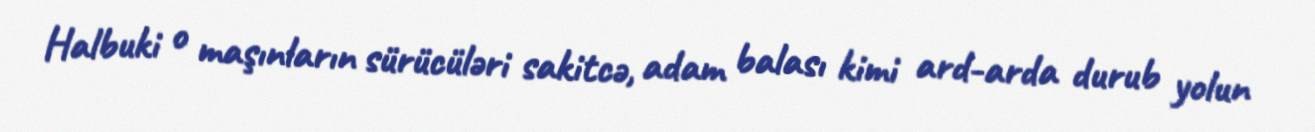
Halbuki o maşınların sürücüləri sakitcə, adam balası kimi ard-arda durub yolun